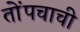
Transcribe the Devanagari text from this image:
तोंपचाची